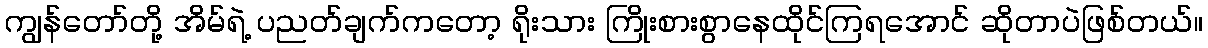
ကျွန်တော်တို့ အိမ်ရဲ့ ပညတ်ချက်ကတော့ ရိုးသား ကြိုးစားစွာနေထိုင်ကြရအောင် ဆိုတာပဲဖြစ်တယ်။